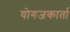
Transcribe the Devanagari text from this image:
योगजकार्ता